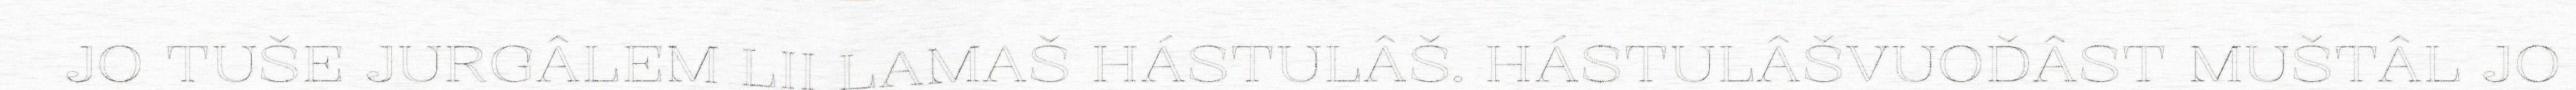
JO TUŠE JURGÂLEM LII LAMAŠ HÁSTULÂŠ. HÁSTULÂŠVUOĐÂST MUŠTÂL JO